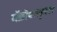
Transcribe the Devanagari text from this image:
मॅक्रोवास्कुलर